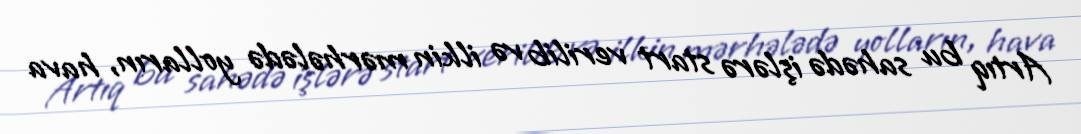
Artıq bu sahədə işlərə start verilib və ilkin mərhələdə yolların, hava